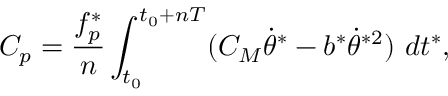
C _ { p } = \frac { f _ { p } ^ { * } } { n } \int _ { t _ { 0 } } ^ { t _ { 0 } + n T } ( C _ { M } \dot { \theta } ^ { * } - b ^ { * } \dot { \theta } ^ { * 2 } ) ~ d t ^ { * } ,